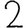
Digit: 2